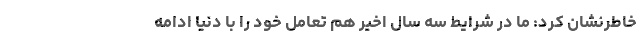
خاطرنشان کرد: ما در شرایط سه سال اخیر هم تعامل خود را با دنیا ادامه